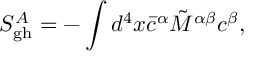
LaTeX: S _ { \mathrm { g h } } ^ { A } = - \int d ^ { 4 } x { \bar { c } } ^ { \alpha } \tilde { M } ^ { \alpha \beta } c ^ { \beta } ,